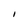
Character: I